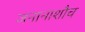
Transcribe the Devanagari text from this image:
जनानाशौच